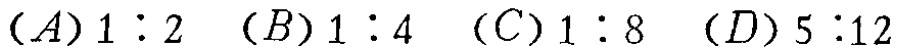
$(A)1:2\ (B)1:4\ (C)1:8\ (D)5:12$